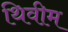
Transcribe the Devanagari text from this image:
थिवीम